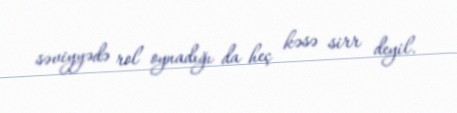
səviyyədə rol oynadığı da heç kəsə sirr deyil.